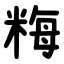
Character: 䊈